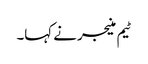
ٹیم منیجر نے کہا۔